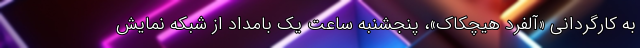
به کارگردانی «آلفرد هیچکاک»، پنجشنبه ساعت یک بامداد از شبکه نمایش